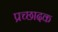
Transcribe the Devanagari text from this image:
प्रच्छादक